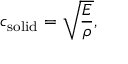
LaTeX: c _ { \mathrm { s o l i d } } = { \sqrt { \frac { E } { \rho } } } ,